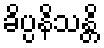
ခိပ္ပနိသန္တိ